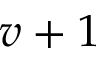
v + 1